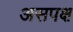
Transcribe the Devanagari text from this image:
असपक्ष